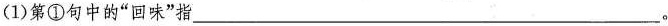
(1)第①句中的”回味”指___(2)第②句中的”回味”指___。